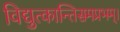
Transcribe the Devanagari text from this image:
विद्युत्कान्तिसमप्रभम्।